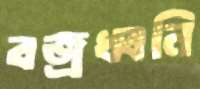
বজ্রধ্বনি